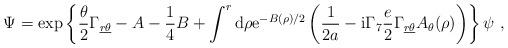
LaTeX: \begin{align*}\Psi = \exp\left\{\frac{\theta}{2} \Gamma_{\underline{r}\underline{\theta}} -A-{1\over 4}B +\int^r{\rm d}\rho{\rm e}^{-B(\rho)/2}\left({1\over 2a}-{\rm i}\Gamma_7{e\over 2}\Gamma_{\underline{r}\underline{\theta}}A_\theta(\rho)\right)\right\}\psi~,\end{align*}